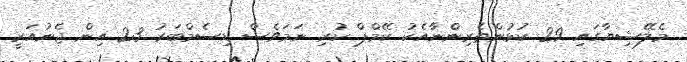
މެލޭޝިޔާގައި 29 ކުޅުންތެރިންނާއެކު ކޭމްޕް ކުރި ނަމަވެސް ޑިސެމްބަރު 23 އިން ޖެނުއަރީ